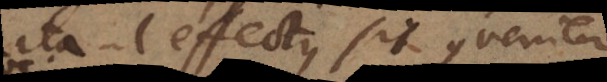
ita ut effectus sit conveniens